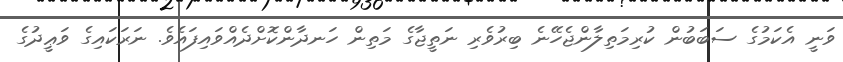
ވަނީ އެކަމުގެ ސަބަބުން ކުރިމަތިލާންޖެހޭނެ ބިރުވެރި ނަތީޖާގެ މަތިން ހަނދާންކޮށްދެއްވައިފައެވެ. ނަރަކައިގެ ވަޢީދުގެ